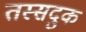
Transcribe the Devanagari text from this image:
तस्सदुक